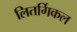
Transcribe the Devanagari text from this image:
लितर्गिकल